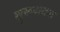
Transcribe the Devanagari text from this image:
शुरूअआत